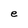
Character: e